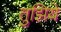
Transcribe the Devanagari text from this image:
तुझिये